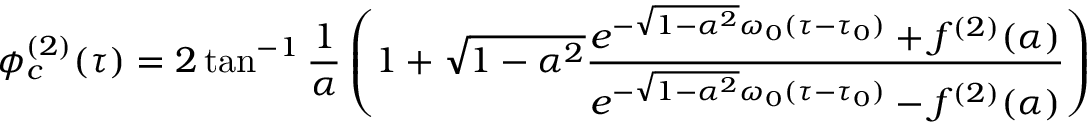
\phi _ { c } ^ { ( 2 ) } ( \tau ) = 2 \tan ^ { - 1 } \frac { 1 } { \alpha } \left( 1 + \sqrt { 1 - \alpha ^ { 2 } } { \frac { e ^ { - \sqrt { 1 - \alpha ^ { 2 } } \omega _ { 0 } ( \tau - \tau _ { 0 } ) } + f ^ { ( 2 ) } ( \alpha ) } { e ^ { - \sqrt { 1 - \alpha ^ { 2 } } \omega _ { 0 } ( \tau - \tau _ { 0 } ) } - f ^ { ( 2 ) } ( \alpha ) } } \right)